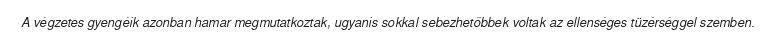
A végzetes gyengéik azonban hamar megmutatkoztak, ugyanis sokkal sebezhetőbbek voltak az ellenséges tüzérséggel szemben.